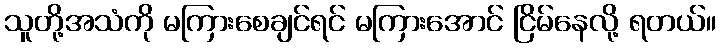
သူတို့အသံကို မကြားစေချင်ရင် မကြားအောင် ငြိမ်နေလို့ ရတယ်။